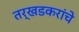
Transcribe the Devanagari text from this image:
तर्खडकरांचे